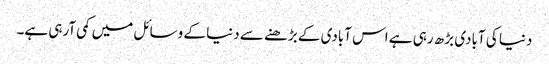
دنیا کی آبادی بڑھ رہی ہے اس آبادی کے بڑھنے سے دنیا کے وسائل میں کمی آرہی ہے۔